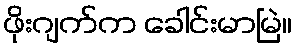
ဖိုးဂျက်က ခေါင်းမာမြဲ။